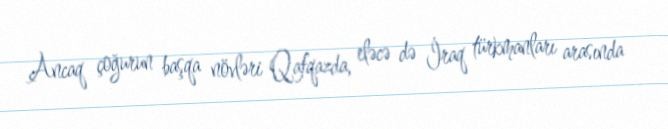
Ancaq çoğurun başqa növləri Qafqazda, eləcə də İraq türkmanları arasında